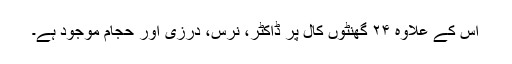
اس کے علاوہ ۲۴ گھنٹوں کال پر ڈاکٹر، نرس، درزی اور حجام موجود ہے۔